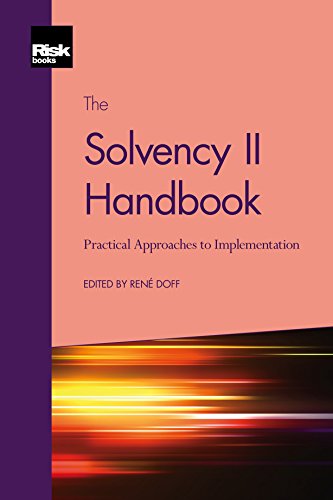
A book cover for The Solvency II Handbook: Practical Approaches to Implementation; RenÃ© Doff; Business & Money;